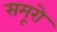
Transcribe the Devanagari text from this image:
समूरो